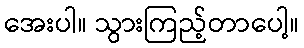
အေးပါ။ သွားကြည့်တာပေါ့။